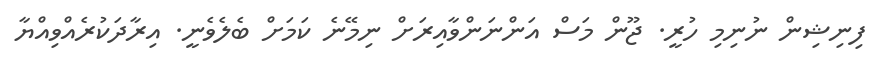
ފިނިޝިން ނުނިމި ހުރީ. ޖޫން މަސް އަންނަންވާއިރަށް ނިމޭނެ ކަމަށް ބެލެވެނީ. އިރާދަކުރެއްވިއްޔާ